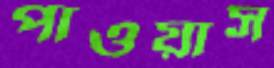
পাওয়াস